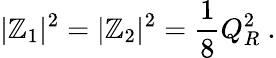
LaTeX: |\mathbb{Z}_{1}|^{2}=|\mathbb{Z}_{2}|^{2}={\frac{{1}}{{8}}}Q_{R}^{2}\ .